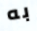
به